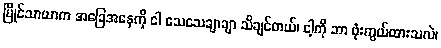
မြိုင်သာယာက အခြေအနေကို ငါ သေသေချာချာ သိချင်တယ်၊ ငါ့ကို ဘာ ဖုံးကွယ်ထားသလဲ၊